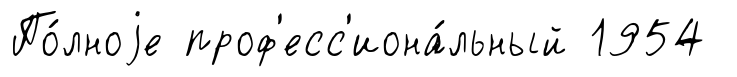
По́лноjе проф'есс'иона́льный 1954